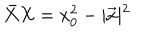
LaTeX: \bar { X } X = x _ { 0 } ^ { 2 } - \vert \vec { x } \vert ^ { 2 }